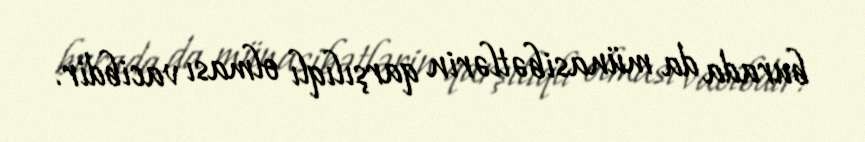
burada da münasibətlərin qarşılıqlı olması vacibdir.